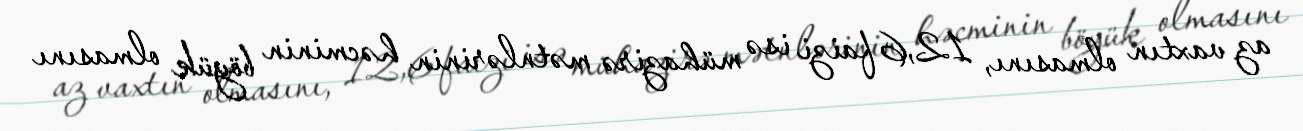
az vaxtın olmasını, 12,6 faizi isə mühazirə mətnlərinin həcminin böyük olmasını